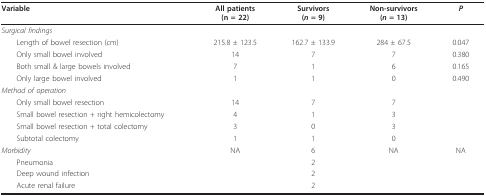
| Variable | All patients(n = 22) | Survivors(n = 9) | Non-survivors(n = 13) | P |
 | --- | --- | --- | --- | --- |
 | Surgical findings |  |  |  |  |
 | Length of bowel resection (cm) | 215.8 ± 123.5 | 162.7 ± 133.9 | 284 ± 67.5 | 0.047 |
 | Only small bowel involved | 14 | 7 | 7 | 0.380 |
 | Both small & large bowels involved | 7 | 1 | 6 | 0.165 |
 | Only large bowel involved | 1 | 1 | 0 | 0.490 |
 | Method of operation |  |  |  |  |
 | Only small bowel resection | 14 | 7 | 7 |  |
 | Small bowel resection + right hemicolectomy | 4 | 1 | 3 |  |
 | Small bowel resection + total colectomy | 3 | 0 | 3 |  |
 | Subtotal colectomy | 1 | 1 | 0 |  |
 | Morbidity | NA | 6 | NA | NA |
 | Pneumonia |  | 2 |  |  |
 | Deep wound infection |  | 2 |  |  |
 | Acute renal failure |  | 2 |  |  |